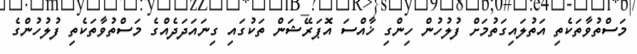
މަސްތުވާތަކެތި އަތުލައިގަތުމަށް ފުލުހުން ހިންގި ޚާއްސަ އޮޕަރޭޝަން ތަކުގައި ގިނައަދަދެއްގެ މަސްތުވާތަކެތި ފުލުހުންގެ